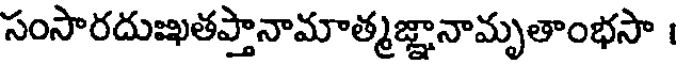
సంసారదుఖతప్తానామాత్మజ్ఞానామృతాంభసా